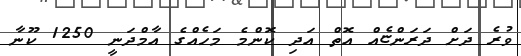
ވުރެ ދަށް ދަރަންޏެއް އޮތް އަދި ކޮންމެ މަހެއްގެ އާމްދަނީ 1250 ކޫނާ